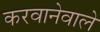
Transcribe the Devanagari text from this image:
करवानेवाले